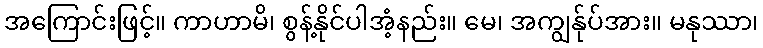
အကြောင်းဖြင့်။ ကာဟာမိ၊ စွန့်နိုင်ပါအံ့နည်း။ မေ၊ အကျွန်ုပ်အား။ မနုဿာ၊